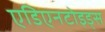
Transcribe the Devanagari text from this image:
एडिएनटोइड्स